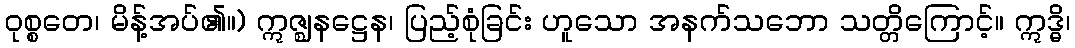
ဝုစ္စတေ၊ မိန့်အပ်၏။) ဣဇ္ဈနဋ္ဌေန၊ ပြည့်စုံခြင်း ဟူသော အနက်သဘော သတ္တိကြောင့်။ ဣဒ္ဓိ၊